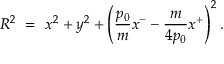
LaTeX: R ^ { 2 } ~ = ~ x ^ { 2 } + y ^ { 2 } + \left( { \frac { p _ { 0 } } { m } } x ^ { - } - { \frac { m } { 4 p _ { 0 } } } x ^ { + } \right) ^ { 2 } .